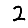
Digit: 2